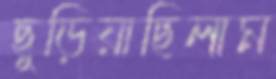
ছুড়িয়াছিলাম